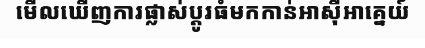
មើលឃើញការផ្លាស់ប្តូរធំមកកាន់អាស៊ីអាគ្នេយ៍